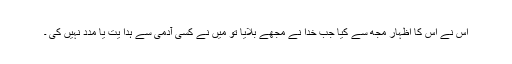
اُس نے اِس کا اِظہار مجھ سے کیا جب خدا نے مجھے بُلایا تو میں نے کسی آدمی سے ہدا یت یا مدد نہیں کی ۔